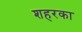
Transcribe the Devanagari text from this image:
शहरका